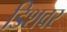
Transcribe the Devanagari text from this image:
डिशवर